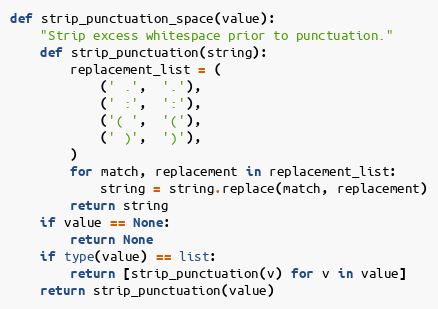
Language: Python
def strip_punctuation_space(value):
    "Strip excess whitespace prior to punctuation."
    def strip_punctuation(string):
        replacement_list = (
            (' .',  '.'),
            (' :',  ':'),
            ('( ',  '('),
            (' )',  ')'),
        )
        for match, replacement in replacement_list:
            string = string.replace(match, replacement)
        return string
    if value == None:
        return None
    if type(value) == list:
        return [strip_punctuation(v) for v in value]
    return strip_punctuation(value)